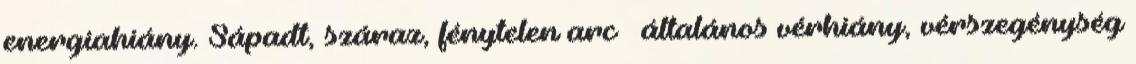
energiahiány. Sápadt, száraz, fénytelen arc – általános vérhiány, vérszegénység